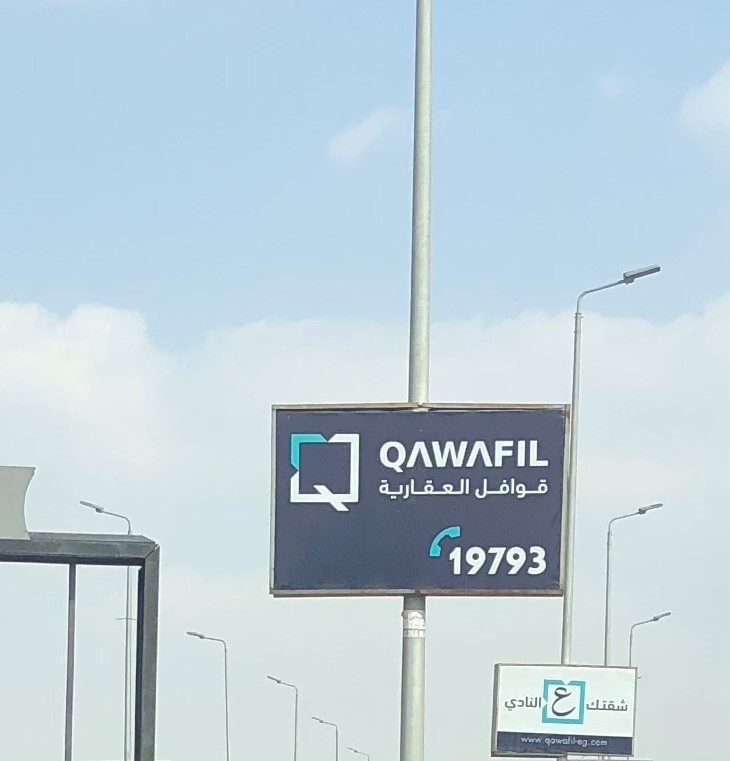
Text in image: قوافل العقارية ع النادي شقتك QAWAFIL 19793